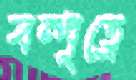
বন্ধুত্বে